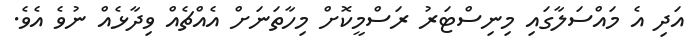
އަދި އެ މައްސަލާގައި މިނިސްޓަރު ރަސްމީކޮށް މިހާތަނަށް އެއްޗެއް ވިދާޅެއް ނުވެ އެވެ.